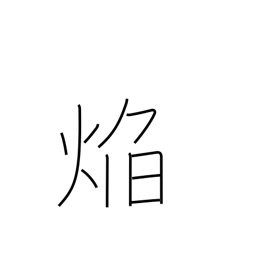
Meaning: flame